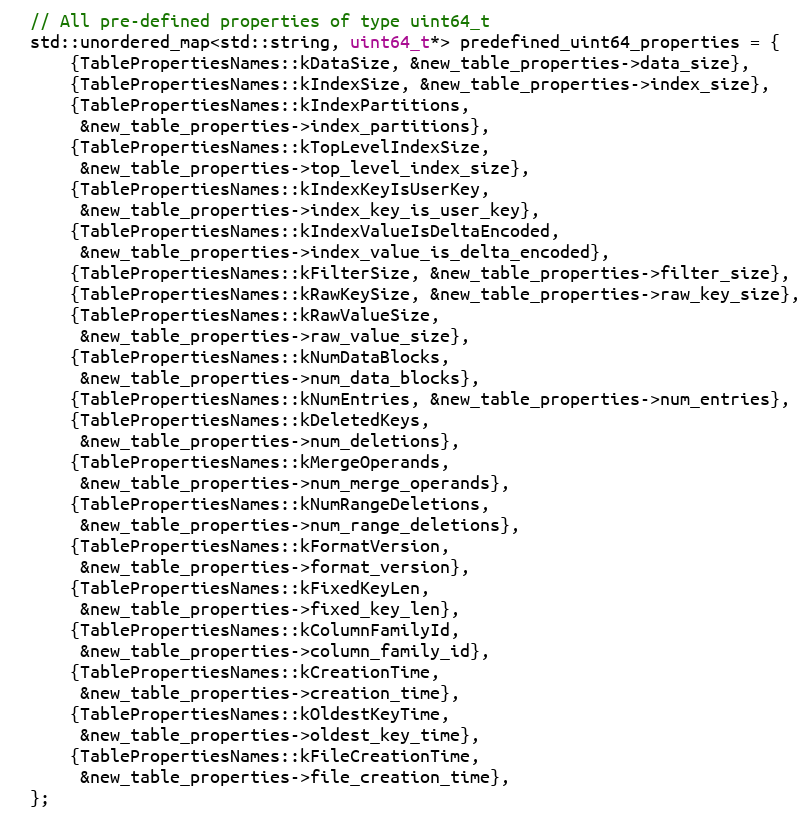
Language: C++
  // All pre-defined properties of type uint64_t
  std::unordered_map<std::string, uint64_t*> predefined_uint64_properties = {
      {TablePropertiesNames::kDataSize, &new_table_properties->data_size},
      {TablePropertiesNames::kIndexSize, &new_table_properties->index_size},
      {TablePropertiesNames::kIndexPartitions,
       &new_table_properties->index_partitions},
      {TablePropertiesNames::kTopLevelIndexSize,
       &new_table_properties->top_level_index_size},
      {TablePropertiesNames::kIndexKeyIsUserKey,
       &new_table_properties->index_key_is_user_key},
      {TablePropertiesNames::kIndexValueIsDeltaEncoded,
       &new_table_properties->index_value_is_delta_encoded},
      {TablePropertiesNames::kFilterSize, &new_table_properties->filter_size},
      {TablePropertiesNames::kRawKeySize, &new_table_properties->raw_key_size},
      {TablePropertiesNames::kRawValueSize,
       &new_table_properties->raw_value_size},
      {TablePropertiesNames::kNumDataBlocks,
       &new_table_properties->num_data_blocks},
      {TablePropertiesNames::kNumEntries, &new_table_properties->num_entries},
      {TablePropertiesNames::kDeletedKeys,
       &new_table_properties->num_deletions},
      {TablePropertiesNames::kMergeOperands,
       &new_table_properties->num_merge_operands},
      {TablePropertiesNames::kNumRangeDeletions,
       &new_table_properties->num_range_deletions},
      {TablePropertiesNames::kFormatVersion,
       &new_table_properties->format_version},
      {TablePropertiesNames::kFixedKeyLen,
       &new_table_properties->fixed_key_len},
      {TablePropertiesNames::kColumnFamilyId,
       &new_table_properties->column_family_id},
      {TablePropertiesNames::kCreationTime,
       &new_table_properties->creation_time},
      {TablePropertiesNames::kOldestKeyTime,
       &new_table_properties->oldest_key_time},
      {TablePropertiesNames::kFileCreationTime,
       &new_table_properties->file_creation_time},
  };